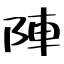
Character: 陣